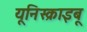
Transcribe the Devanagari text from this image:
यूनिस्क्राइबू